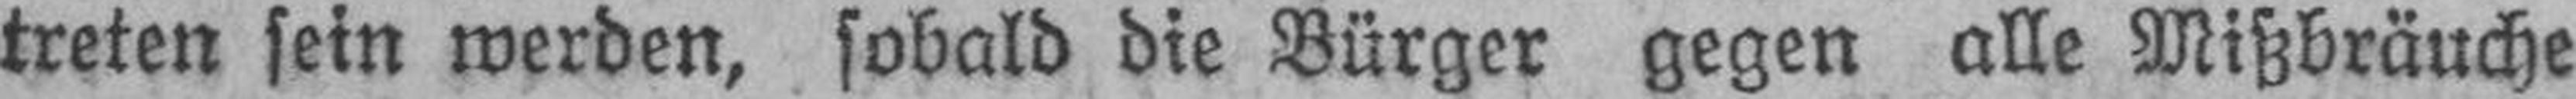
treten sein werden, sobald die Bürger gegen alle Mißbräuche